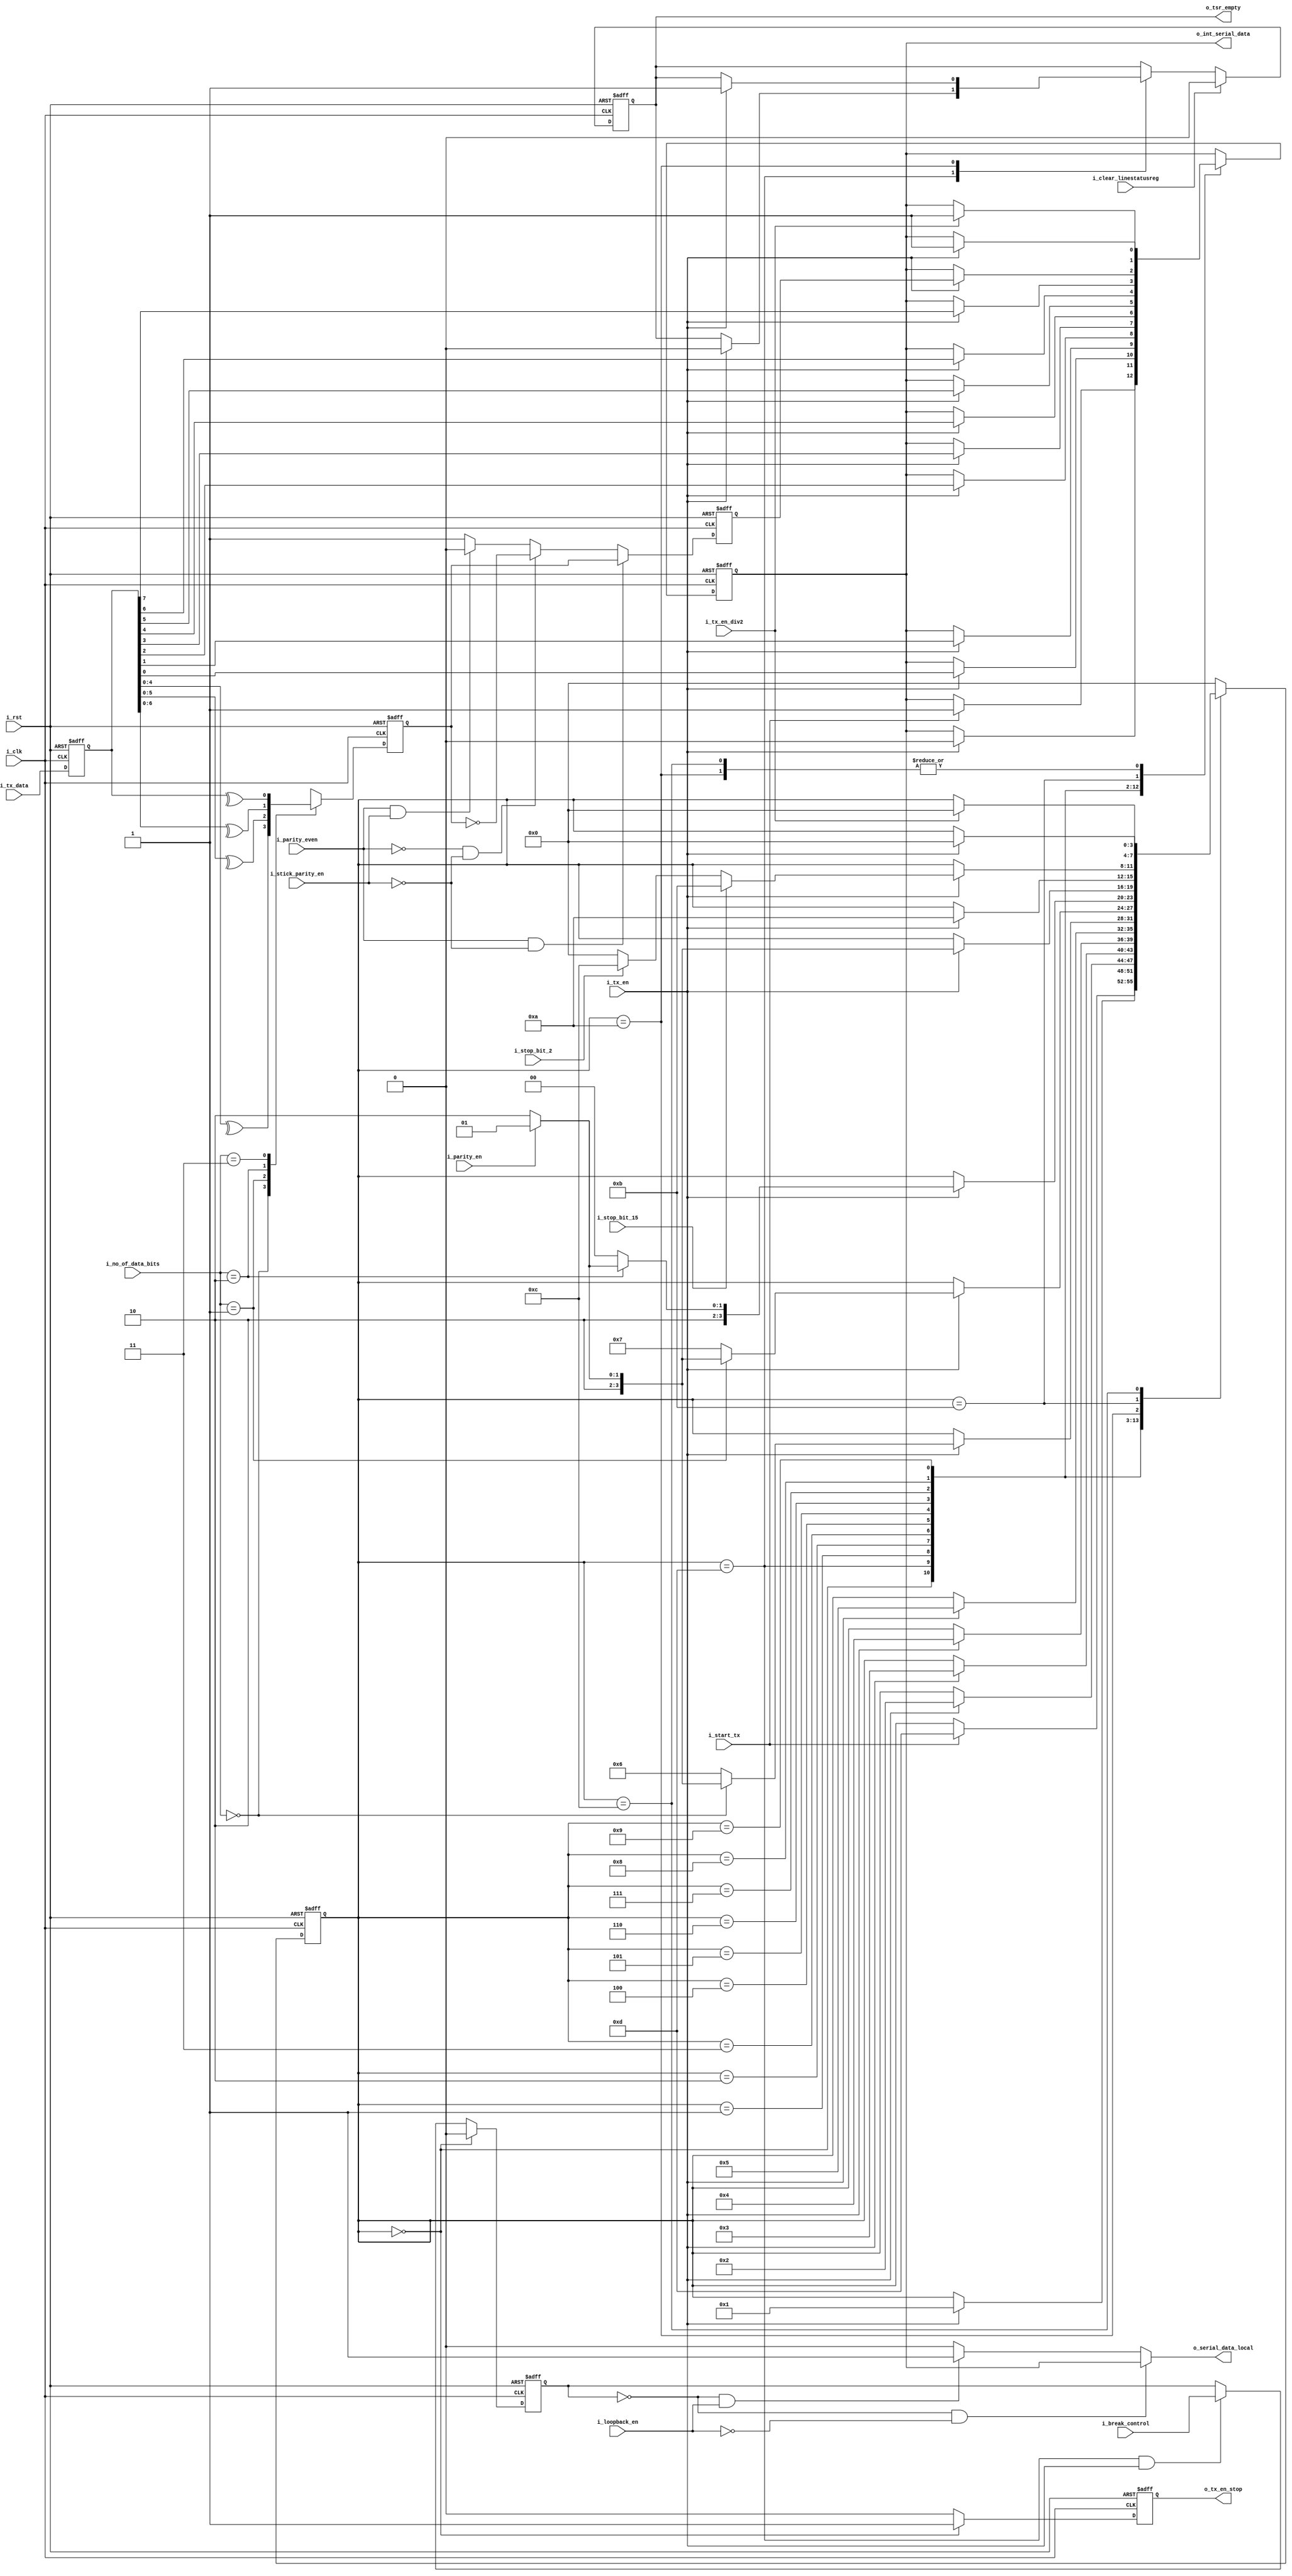
// --------------------------------------------------------------------
// >>>>>>>>>>>>>>>>>>>>>>>>> COPYRIGHT NOTICE <<<<<<<<<<<<<<<<<<<<<<<<<
// --------------------------------------------------------------------
// Copyright (c) 2006 by Lattice Semiconductor Corporation
// --------------------------------------------------------------------
//
// Permission:
//
//   Lattice Semiconductor grants permission to use this code for use
//   in synthesis for any Lattice programmable logic product.  Other
//   use of this code, including the selling or duplication of any
//   portion is strictly prohibited.
//
// Disclaimer:
//
//   This VHDL or Verilog source code is intended as a design reference
//   which illustrates how these types of functions can be implemented.
//   It is the user's responsibility to verify their design for
//   consistency and functionality through the use of formal
//   verification methods.  Lattice Semiconductor provides no warranty
//   regarding the use or functionality of this code.
//
// --------------------------------------------------------------------
//           
//                     Lattice Semiconductor Corporation
//                     5555 NE Moore Court
//                     Hillsboro, OR 97214
//                     U.S.A
//
//                     TEL: 1-800-Lattice (USA and Canada)
//                          503-268-8001 (other locations)
//
//                     web: http://www.latticesemi.com/
// --------------------------------------------------------------------
//
// Revision History :

module uart_tx_fsm(
    // System clock 
    // asynchronous active high reset 
    input wire        i_clk,
    input wire        i_rst,
    //Tx data from CPU    
    input wire [7:0]  i_tx_data,
    //Tx FSM Control signal from Master Controller
    input wire        i_start_tx,
    input wire        i_tx_en,
    input wire        i_tx_en_div2,
    input wire        i_break_control,
    output reg        o_tx_en_stop,
    //Tx configurations from Master Controller       
    input wire        i_loopback_en,
    input wire        i_stop_bit_15,
    input wire        i_stop_bit_2,
    input wire        i_parity_even,
    input wire        i_parity_en,               
    input wire [1:0]  i_no_of_data_bits,  
    input wire        i_stick_parity_en,
    input wire        i_clear_linestatusreg,
    //Transmit shift register empty
    output wire       o_tsr_empty,
    //Int serial data for loopback purpose
    output wire       o_int_serial_data,
    //Serial data out to MODEM    
    output wire       o_serial_data_local
    );

    parameter [3:0]/*synopsys enum state_info*/ IDLE_STATE        = 4'b0000,
                   START_GEN_STATE   = 4'b1101,
                   Tx_1BIT_STATE     = 4'b0001,
                   Tx_2BIT_STATE     = 4'b0010,
                   Tx_3BIT_STATE     = 4'b0011,
                   Tx_4BIT_STATE     = 4'b0100,
                   Tx_5BIT_STATE     = 4'b0101,
                   Tx_6BIT_STATE     = 4'b0110,
                   Tx_7BIT_STATE     = 4'b0111,
                   Tx_8BIT_STATE     = 4'b1000,
                   ADD_PARITY_STATE  = 4'b1001,
                   STOP_GEN1_STATE   = 4'b1010,
                   STOP_GEN15_STATE  = 4'b1011,
                   STOP_GEN2_STATE   = 4'b1100;
    
    //Internal signals 
    reg [3:0] /*synopsys enum state_info*/  state; /*synopsys enum state_vector state*/
    reg [7:0]                        tx_data;
    reg                              parity_bit;
    reg                              check_bit;
    reg                              serial_data;
    reg                              break_control_en;
    reg                              tsr_empty;
    
    //synchronizer
    always @(posedge i_clk or posedge i_rst) begin
        if(i_rst) begin           
            tx_data         <= 8'b0;
        end else begin
            tx_data         <= i_tx_data;
        end 
    end // always @ (posedge i_clk or posedge i_rst)

    //Transmit Shift register empty signal generation
    assign o_tsr_empty = tsr_empty;

    always @(posedge i_clk or posedge i_rst) begin
        if(i_rst)  begin
            tsr_empty <= 1'b1;
        end else begin
            //Cleared on line status clear request
            if (i_clear_linestatusreg) begin
                tsr_empty <= 1'b0;
            end else begin                
                case(state)
                    //START GEN indicates that TSR is no longer empty
                    START_GEN_STATE :
                        if(i_tx_en)
                            tsr_empty <= 1'b0;
                    //ALL DATA in TSR has been flushed out once STOP GEN state has been reached 
                    STOP_GEN1_STATE :
                        if(i_tx_en)
                            tsr_empty <= 1'b1;
                    default :
                        tsr_empty <= tsr_empty;
                endcase
            end
        end 
    end // always @ (posedge i_clk or posedge i_rst)
    
    ////////////////////////////////////////////////////////////////
    // UART Tx FSM
    ////////////////////////////////////////////////////////////////
    
    always @(posedge i_clk or posedge i_rst) begin
        if(i_rst) begin
            state <= IDLE_STATE; 
            serial_data <= 1'b1;  
        end else begin
            case(state)
                //Wait for i_start_tx signal from UART Master Controller to begin 
                IDLE_STATE   : 
                    if(i_start_tx) begin
                        state <= START_GEN_STATE;
                        serial_data <= 1'b1;
                    end    
                
                START_GEN_STATE :
                    if(i_tx_en) begin
                        state <= Tx_1BIT_STATE;
                        serial_data <= 1'b0;
                    end    
                
                Tx_1BIT_STATE     : 
                    if(i_tx_en) begin
                        state <= Tx_2BIT_STATE;
                        serial_data <= tx_data[0];
                    end                  
                
                Tx_2BIT_STATE     : 
                    if(i_tx_en) begin
                        state <= Tx_3BIT_STATE;
                        serial_data <= tx_data[1];
                    end 
                
                Tx_3BIT_STATE     :
                    if(i_tx_en) begin
                        state <= Tx_4BIT_STATE;
                        serial_data <= tx_data[2];
                    end
                
                Tx_4BIT_STATE     : 
                    if(i_tx_en) begin
                        state <= Tx_5BIT_STATE;
                        serial_data <= tx_data[3];
                    end
                
                //Check for no of bits in operation
                //If 5 bits, then check if parity is required else go to stop state                      
                Tx_5BIT_STATE     :
                    if(i_tx_en) begin
                        serial_data <= tx_data[4];                                      
                        if(i_no_of_data_bits == 2'b00) begin
                            if (i_parity_en) begin
                                state <= ADD_PARITY_STATE;
                            end else begin
                                state <= STOP_GEN1_STATE;
                            end 
                        end else begin
                            state <= Tx_6BIT_STATE;    
                        end
                    end // if (i_tx_en)
                
                //Check for no of bits in operation
                //If 6 bits, then check if parity is required else go to stop state 
                Tx_6BIT_STATE     :
                    if(i_tx_en) begin
                        serial_data <= tx_data[5];                                                                         
                        if(i_no_of_data_bits == 2'b01) begin
                            if (i_parity_en) begin
                                state <= ADD_PARITY_STATE;
                            end else begin
                                state <= STOP_GEN1_STATE;
                            end 
                        end else begin
                            state <= Tx_7BIT_STATE;
                        end
                    end // if (i_tx_en)
                
                //Check for no of bits in operation
                //If 7 bits, then check if parity is required else go to stop state                    
                Tx_7BIT_STATE     :
                    
                    if(i_tx_en) begin
                        serial_data <= tx_data[6];                                                                         
                        if(i_no_of_data_bits == 2'b10) begin
                            if (i_parity_en) begin
                                state <= ADD_PARITY_STATE;
                            end else begin
                                state <= STOP_GEN1_STATE;
                            end 
                        end else begin
                            state <= Tx_8BIT_STATE;                                      
                        end
                    end
                
                //Check if parity is required else go to stop state
                Tx_8BIT_STATE     :
                    if(i_tx_en) begin
                        serial_data <= tx_data[7];
                        if (i_parity_en) begin
                            state <= ADD_PARITY_STATE;
                        end else begin
                            state <= STOP_GEN1_STATE;
                        end
                    end   
                
                ADD_PARITY_STATE  :
                    if(i_tx_en) begin
                        serial_data <= parity_bit;
                        state <= STOP_GEN1_STATE;
                    end     
                
                //Check for no of stop bits required and proceed  
                STOP_GEN1_STATE   :
                    begin
                        if(i_tx_en) begin
                            serial_data <= 1'b1;
                            if (i_stop_bit_15) begin
                                state <= STOP_GEN15_STATE;
                            end else if(i_stop_bit_2) begin
                                state <= STOP_GEN2_STATE;
                            end else begin
                                state <= IDLE_STATE;
                            end
                        end   
                    end // case: STOP_GEN1_STATE
                
                STOP_GEN15_STATE :
                    if(i_tx_en_div2) begin
                        serial_data <= 1'b1;
                        state <= IDLE_STATE;
                    end    
                
                STOP_GEN2_STATE   :
                    if(i_tx_en) begin
                        serial_data <= 1'b1;
                        state <= IDLE_STATE; 
                    end    
                
                default           : 
                    state <= IDLE_STATE; 
                
                
            endcase
        end
    end // always @ (posedge i_clk or posedge i_rst)

    //////////////////////////////////////////////////////////
    //Break enable generation
    /////////////////////////////////////////////////////////
   
    always @(posedge i_clk or posedge i_rst) begin
        if(i_rst) begin
            break_control_en <= 1'b0;
        end else begin
           if(state == IDLE_STATE) begin
               break_control_en <= 1'b0;
            //Break Control is honoured only at the beginning of a fresh transmission
           end else if (state == START_GEN_STATE & i_tx_en) begin
               break_control_en <= i_break_control;
           end
        end // else: !if(i_rst)
    end // always @ (posedge i_clk or posedge i_rst)

    //If Break enabled then o_serial_data_local is driven Low
    assign o_serial_data_local = (!break_control_en & !i_loopback_en) ? serial_data :
                           (!break_control_en & i_loopback_en) ? 1'b1 :
                           (break_control_en & !i_loopback_en) ? 1'b0 :
                           1'b0;

    //For loopback purpose
    assign o_int_serial_data = serial_data;
    
    ////////////////////////////////////////////////////////// 
    //Tx enable logic
    //enable stopped when in Idle state and enabled once Tx_start is issued by master controller
    ////////////////////////////////////////////////////////// 
    always @(posedge i_clk or posedge i_rst) begin
        if(i_rst) begin
            o_tx_en_stop  <= 1'b0;
        end else begin
            case (state) 
                IDLE_STATE : begin
                    o_tx_en_stop <= 1'b1;
                end
                default : begin
                    o_tx_en_stop <= 1'b0;
                end
            endcase // case (state)
        end
    end // always @ (posedge i_clk or posedge i_rst)
          
    /////////////////////////////////////////////////////////////////////////////
    // Parity addition logic
    /////////////////////////////////////////////////////////////////////////////
    
    //coverage off
    //Coverage removed as this piece of code was generating very low UDP Expression coverage numbers
    //As its not practical to test XOR operations for all possible combinations of tx_data under different 
    //i_no_of_data_bits, this piece of code has been removed from coverage. 
        
    //Parity calculated using data bits
    always @(posedge i_clk or posedge i_rst)
        begin
            if(i_rst) 
                check_bit <= 1'b0;
            else 
                begin
                  case(i_no_of_data_bits)
                      //5 bit tx data..
                      2'b00 :
                          check_bit <= ^(tx_data[4:0]);
                      //6 bit tx data..
                      2'b01 :
                          check_bit <= ^(tx_data[5:0]);
                      //7 bit tx data..
                      2'b10 :
                          check_bit <= ^(tx_data[6:0]);
                      //8 bit tx data..
                      2'b11 :
                          check_bit <= ^(tx_data);           
                  endcase
                end
        end // always @ (posedge i_clk or posedge i_rst)

    //Coverage switched back on
    //coverage on
    
    //Add parity adding on required message format
    always @(posedge i_clk or posedge i_rst)
        begin
            if(i_rst) begin 
                parity_bit <= 1'b0;
            end else begin
                //Even parity
                if(i_parity_even & !i_stick_parity_en) 
                    parity_bit <= check_bit;
                //Odd parity
                else if(!i_parity_even & !i_stick_parity_en)
                    parity_bit <= !check_bit;
                //Even stick parity
                else if(i_parity_even & i_stick_parity_en)
                    parity_bit <= 1'b0;
                //Odd stick parity
                else 
                    parity_bit <= 1'b1;
            end
        end // always @ (posedge i_clk or posedge start_tx)
    
    //FOR SIMULATION PURPOSE
    

    // Beginning of automatic ASCII enum decoding
    reg [127:0]          state_ASCII;            // Decode of state
    always @(state) begin
        case ({state})
            IDLE_STATE:       state_ASCII = "idle_state      ";
            START_GEN_STATE:  state_ASCII = "start_gen_state ";
            Tx_1BIT_STATE:    state_ASCII = "tx_1bit_state   ";
            Tx_2BIT_STATE:    state_ASCII = "tx_2bit_state   ";
            Tx_3BIT_STATE:    state_ASCII = "tx_3bit_state   ";
            Tx_4BIT_STATE:    state_ASCII = "tx_4bit_state   ";
            Tx_5BIT_STATE:    state_ASCII = "tx_5bit_state   ";
            Tx_6BIT_STATE:    state_ASCII = "tx_6bit_state   ";
            Tx_7BIT_STATE:    state_ASCII = "tx_7bit_state   ";
            Tx_8BIT_STATE:    state_ASCII = "tx_8bit_state   ";
            ADD_PARITY_STATE: state_ASCII = "add_parity_state";
            STOP_GEN1_STATE:  state_ASCII = "stop_gen1_state ";
            STOP_GEN15_STATE: state_ASCII = "stop_gen15_state";
            STOP_GEN2_STATE:  state_ASCII = "stop_gen2_state ";
            default:          state_ASCII = "%Error          ";
        endcase
    end
    // End of automatics


endmodule // uart_tx_fsm